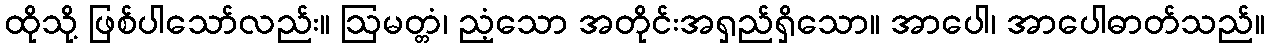
ထိုသို့ ဖြစ်ပါသော်လည်း။ ဩမတ္တံ၊ ညံ့သော အတိုင်းအရှည်ရှိသော။ အာပေါ၊ အာပေါဓာတ်သည်။